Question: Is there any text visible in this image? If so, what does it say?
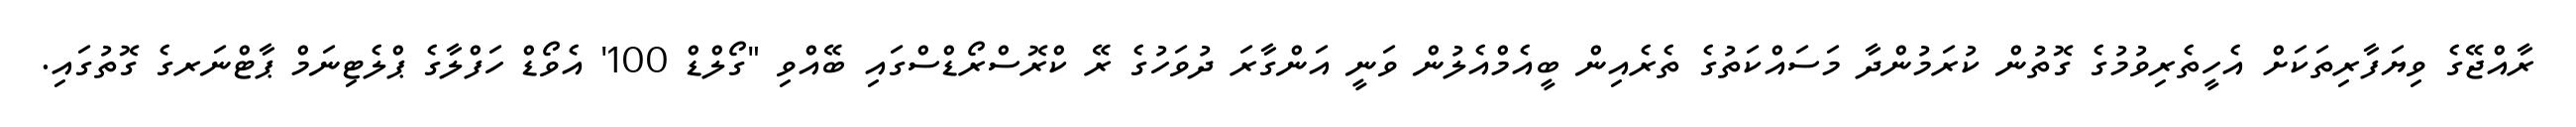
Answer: ރާއްޖޭގެ ވިޔަފާރިތަކަށް އެހީތެރިވުމުގެ ގޮތުން ކުރަމުންދާ މަސައްކަތުގެ ތެރެއިން ބީއެމްއެލުން ވަނީ އަންގާރަ ދުވަހުގެ ރޭ ކްރޮސްރޯޑްސްގައި ބޭއްވި "ގޯލްޑް 100' އެވޯޑް ހަފްލާގެ ޕްލެޓިނަމް ޕާޓްނަރގެ ގޮތުގައި.